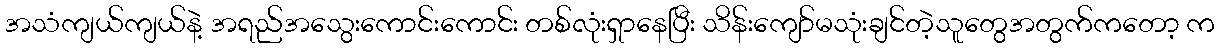
အသံကျယ်ကျယ်နဲ့ အရည်အသွေးကောင်းကောင်း တစ်လုံးရှာနေပြီး သိန်းကျော်မသုံးချင်တဲ့သူတွေအတွက်ကတော့ က